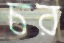
চর